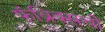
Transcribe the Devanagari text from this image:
फॅब्रिक्सची